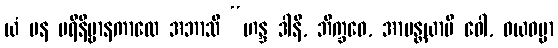
ယံ ပန ပရိနိဗ္ဗာနကာလေ အဘာသိ “ဟန္ဒ ဒါနိ, ဘိက္ခဝေ, အာမန္တယာမိ ဝေါ, ဝယဓမ္မာ